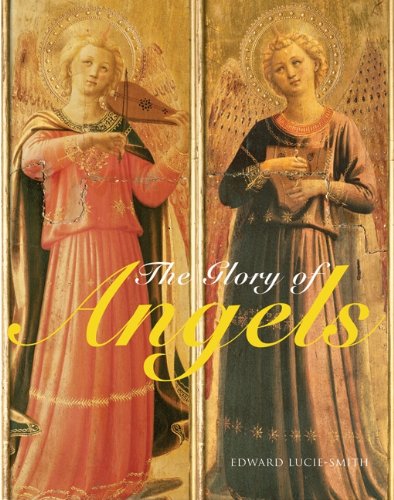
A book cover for The Glory of Angels; Edward Lucie-Smith; Arts & Photography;